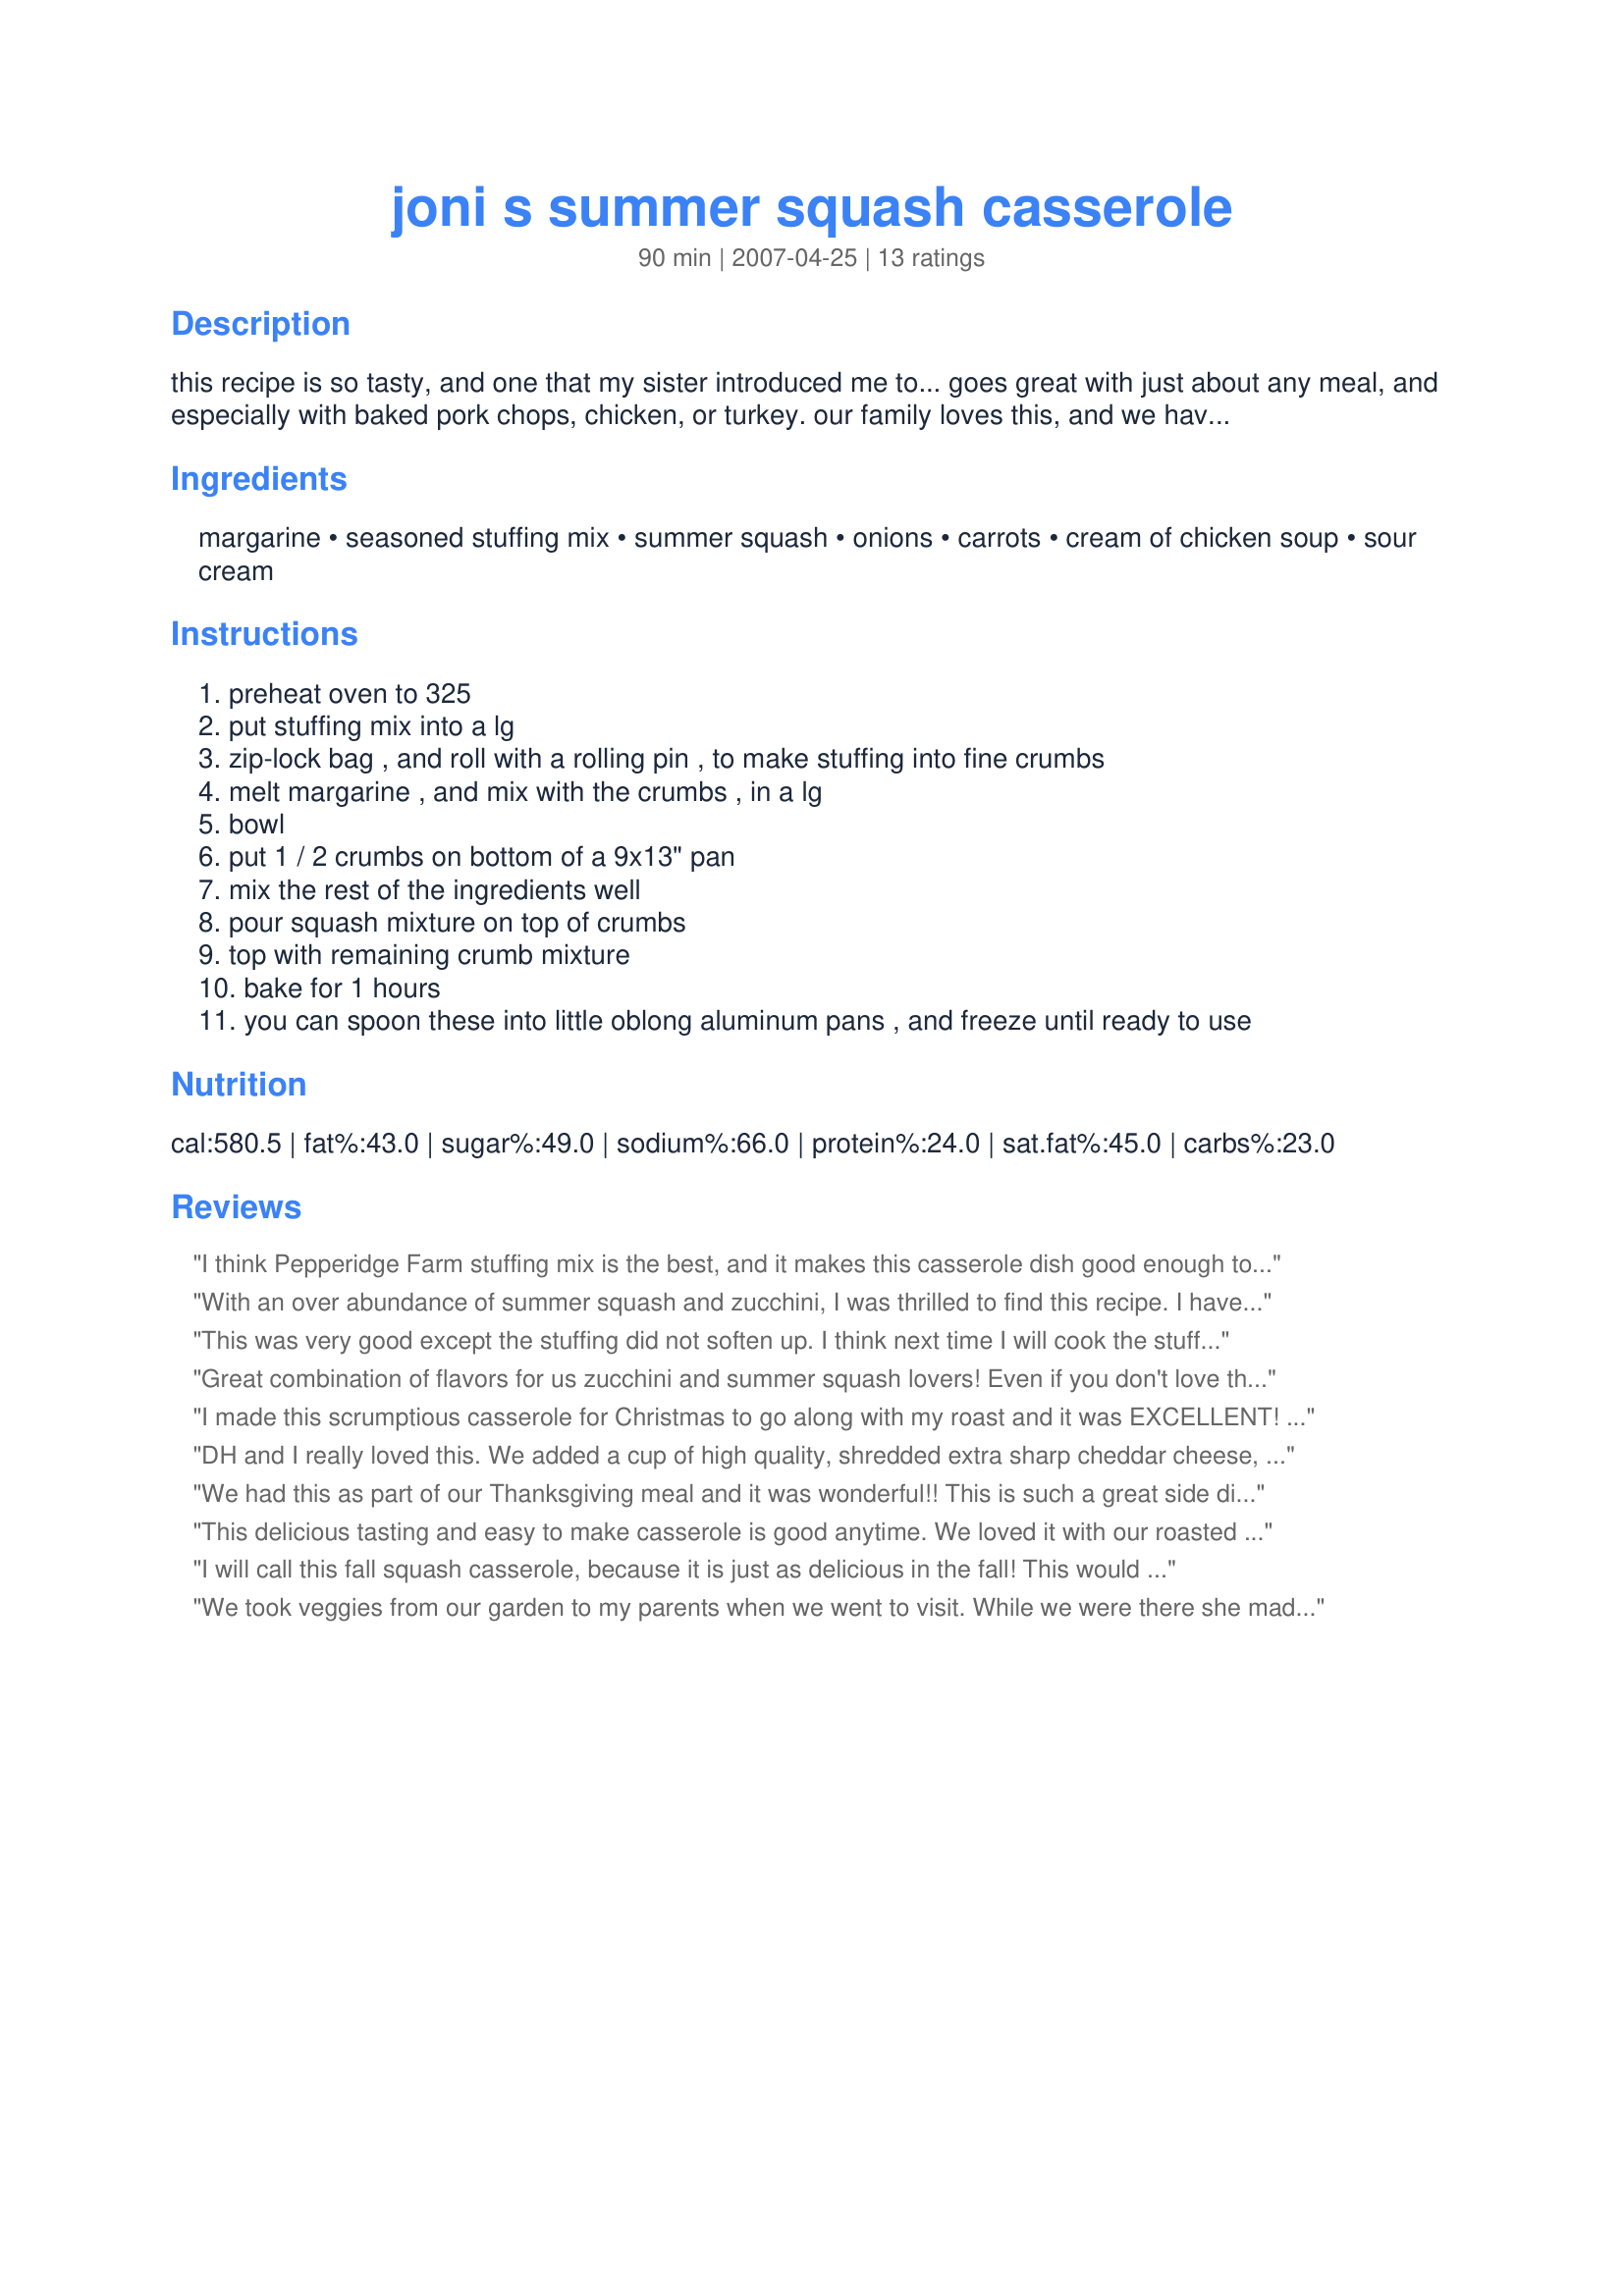
joni s summer squash casserole
Preparation time: 90 minutes

this recipe is so tasty, and one that my sister introduced me to... goes great with just about any meal, and especially with baked pork chops, chicken, or turkey. our family loves this, and we have been making it for years... great for thanksgiving or christmas too, in place of stuffing!

Ingredients:
margarine, seasoned stuffing mix, summer squash, onions, carrots, cream of chicken soup, sour cream

Steps:
preheat oven to 325
put stuffing mix into a lg
zip-lock bag , and roll with a rolling pin , to make stuffing into fine crumbs
melt margarine , and mix with the crumbs , in a lg
bowl
put 1 / 2 crumbs on bottom of a 9x13" pan
mix the rest of the ingredients well
pour squash mixture on top of crumbs
top with remaining crumb mixture
bake for 1 hours
you can spoon these into little oblong aluminum pans , and freeze until ready to use

Reviews:
I think Pepperidge Farm stuffing mix is the best, and it makes this casserole dish good enough to serve to the Pope! We absolutely thought we had died and went to heaven after a few bites. Lord have mercy! Definately a favorite new dish that we will share with friends and family. It's not often a dish really stands out like this, so when one does, I'm going to tell you about it! Outstanding and company worthy!
With an over abundance of summer squash and zucchini, I was thrilled to find this recipe. I have made it a couple of times now and frozen individual tins to be able to have in the fall, when it cools off! Delicious and quick to get ready!
This was very good except the stuffing did not soften up. I think next time I will cook the stuffing in stock first.
Great combination of flavors for us zucchini and summer squash lovers! Even if you don't love them, you will love this. Great blend of flavors that my whole family gobbled up in no time and asked for more. I plan to make it for Thanksgiving. It will go great with our dinner!
I made this scrumptious casserole for Christmas to go along with my roast and it was EXCELLENT! Everyone inhaled it. Thanks Joni!
DH and I really loved this. We added a cup of high quality, shredded extra sharp cheddar cheese, but both agreed it needed another cup of cheese and a few spices, not sure what yet, so we'll play with it a bit. It was a great way to use a zucchini, I'm sure kids would love it and it would be an easy way to hide veggies. So delicious. I think you could modify this in many ways, and it would make a great side dish for a holiday dinner. It also warmed up great in the microwave!
We had this as part of our Thanksgiving meal and it was wonderful!! This is such a great side dish that we will have many times now that we found it!
This delicious tasting and easy to make casserole is good anytime. We loved it with our roasted chicken. This would even be good for Thanksgiving! Rich
I will call this fall squash casserole, because it is just as delicious in the fall! This would be an excellent casserole for Thanksgiving or Christmas along with all the other trimmings. It tastes so good and is full of flavor! Every last spoonful was gone by the end of the meal!
We took veggies from our garden to my parents when we went to visit. While we were there she made this for dinner. Some of us really liked it and gave it five stars. Others felt it was ok and gave it 3 stars so we settled on a 4 star rating.
This is about the best squash casserole we have ever had and the family insists we have it for the holidays along with our dinner. I can't wait to have it again! I am going to double the batch and freeze some in aluminum pans so we can have it whenever we feel like pulling it out of the freezer! Awesome side dish that will go well with just about anything your cooking.
Good job for a food processor, and a great use of plentiful zucchini! Once the veggies were grated, it went together quickly and easily. We thought it needed a little more time in the oven, but by the time we thought so, the family had eaten most of it.
My kids thought this recipe was great and when they are happy eating vegetables I am a happy camper! I bought a whole bunch of zucchini and summer squash, so decided to make some up to freeze to have later on. My DH had 2 helpings and said save this recipe so we can have it again! That is a miracle, because he's not crazy about either vegetable. This was so moist and yummy! I agree this would be great in place of stuffing at Thanksgiving or Christmas, and even more tasteful than many dressings I have had. Thanks for sharing with us!
